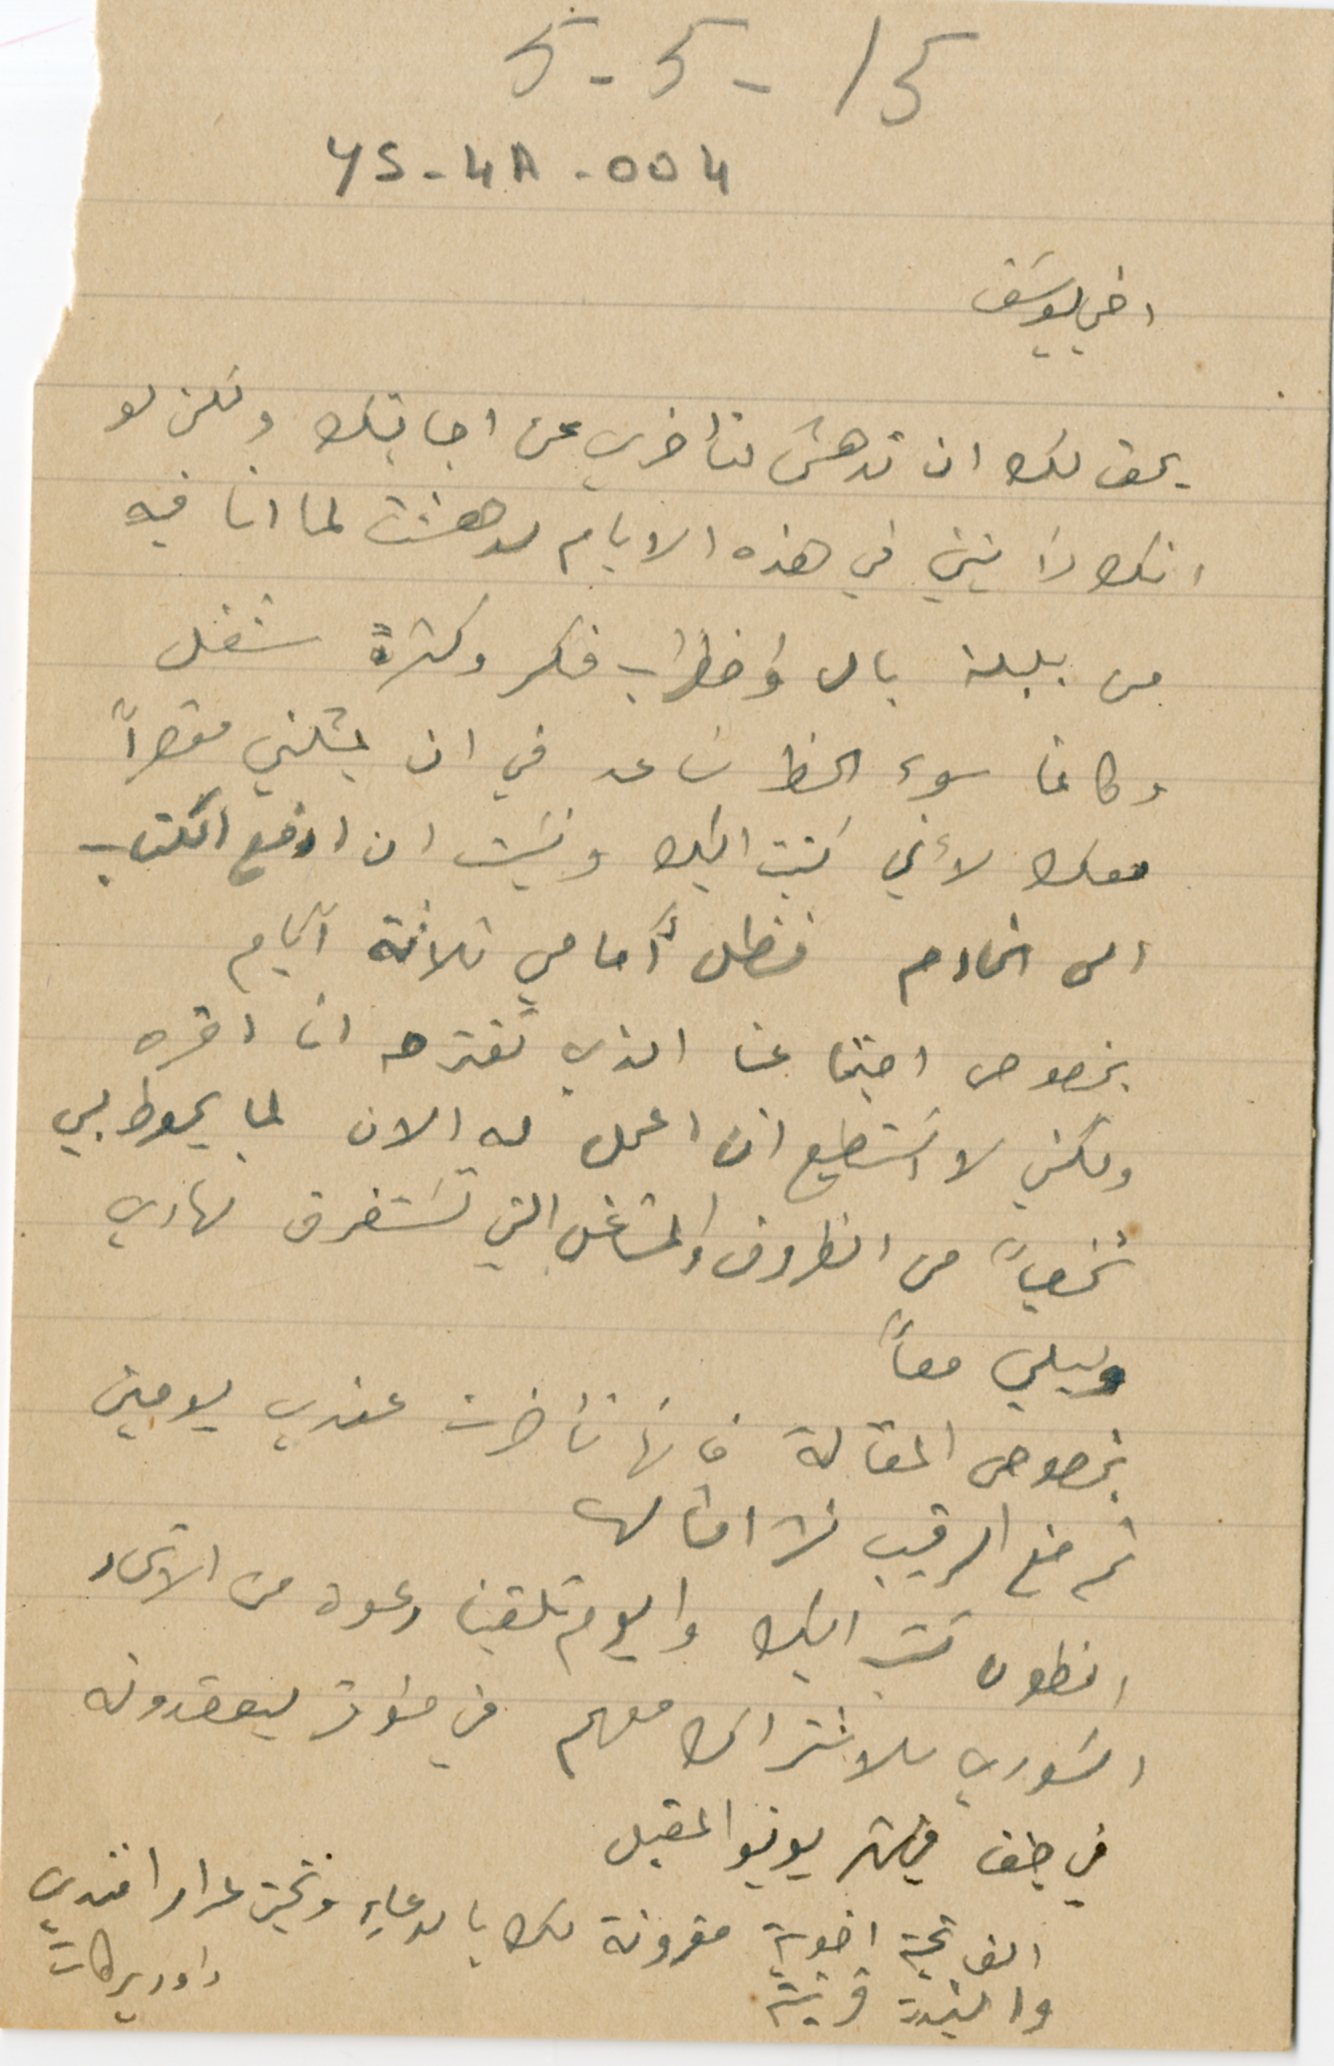
YS-4A-004
اخي يوسَف
يحق لك ان تدهش لتأخري عن اجابتك ولكن لو
انك رايتني في هذه الايام لدهشت لما انا فيه
من بلبلة بال واضطراب فكر وكثرة شغل
وكانما سوء الحظ سَاعد في ان يمثلني مقصراً
معك لأني اكتب اليك ونسَيت ان ارفع الكتاب
الى الخادم فظل أَمامي ثلاثة آيام
بخصوص اجتماعنا الذي تقترحه انا اقره
ولكني لا اسَتطيع ان اعمل له الان لما يحوط بي
شخصياً من الظروف والمشاغل التي تسَتغرق نهاري
وليلي معاً
بخصوص المقالة فانها تأخرت عندي يومين
ثم منع الرقيب نشر امثالها
انطون كتب اليك واليوم تلقينا دعوة من الاتحاد
السَوري للاشتراك معهم فن مؤتمر يعقدونه
في صيف في شهر يونيو المقبل
الف تحية اخوية مقرونة لك بالدعاءِ وتحية لمرار افندي
داود بركات
والسَيدة قرينته
5 -5 - 15